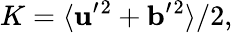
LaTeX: K=\langle{{\mathbf{u}}^{\prime}{}^{2}+{\mathbf{b}}^{\prime}{}^{2}}\rangle/2,